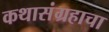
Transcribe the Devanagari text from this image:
कथासंग्रहाचा